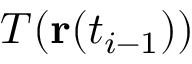
T ( \mathbf { r } ( t _ { i - 1 } ) )